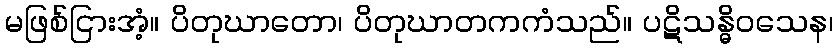
မဖြစ်ငြားအံ့။ ပိတုဃာတော၊ ပိတုဃာတကကံသည်။ ပဋိသန္ဓိဝသေန၊